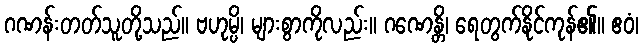
ဂဏန်းတတ်သူတို့သည်။ ဗဟုမ္ပိ၊ များစွာကိုလည်း။ ဂဏေန္တိ၊ ရေတွက်နိုင်ကုန်၏။ ဧဝံ၊